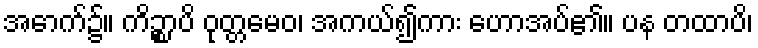
အောက်၌။ ကိဉ္စာပိ ဝုတ္တမေဝ၊ အကယ်၍ကား ဟောအပ်၏။ ပန တထာပိ၊